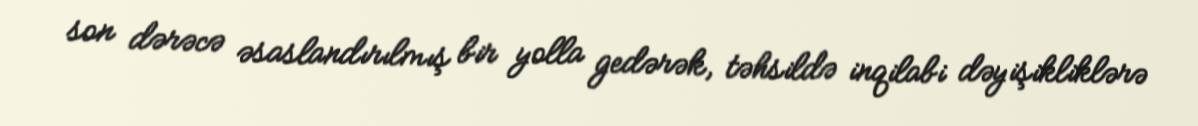
son dərəcə əsaslandırılmış bir yolla gedərək, təhsildə inqilabi dəyişikliklərə